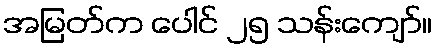
အမြတ်က ပေါင် ၂၅ သန်းကျော်။